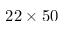
2 2 \times 5 0